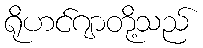
ရိုဟင်ဂျာတို့သည်